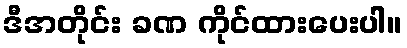
ဒီအတိုင်း ခဏ ကိုင်ထားပေးပါ။